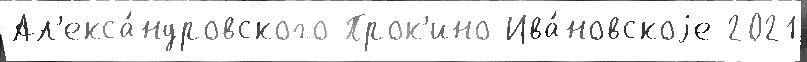
Ал'екса́ндровского Прок'ино Ива́новскоjе 2021